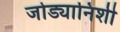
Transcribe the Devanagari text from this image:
जोड्यानिशी